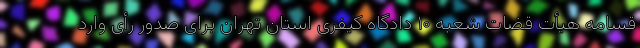
قسامه هیأت قضات شعبه ۱۰ دادگاه کیفری استان تهران برای صدور رأی وارد